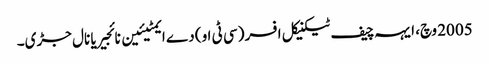
2005 وچ، ایہہ چیف ٹیکنیکل افسر (سی ٹی او) دے ایمٹیئین نائجیریا نال جڑی۔